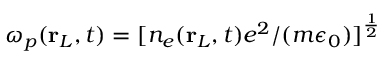
\omega _ { p } ( \mathbf { r } _ { L } , t ) = [ n _ { e } ( \mathbf { r } _ { L } , t ) e ^ { 2 } / ( m \epsilon _ { 0 } ) ] ^ { \frac { 1 } { 2 } }